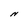
Character: N